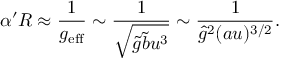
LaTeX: \alpha ^ { \prime } R \approx \frac { 1 } { g _ { \mathrm { e f f } } } \sim \frac { 1 } { \sqrt { \tilde { g } \tilde { b } u ^ { 3 } } } \sim \frac { 1 } { { \hat { g } } ^ { 2 } ( a u ) ^ { 3 / 2 } } .